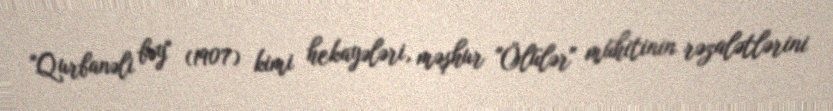
"Qurbanəli bəy" (1907) kimi hekayələri, məşhur "Ölülər" mühitinin rəzalətlərini